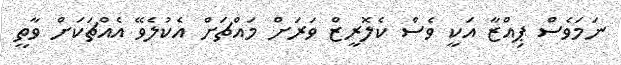
ނަމަވެސް ޕިއްޒާ އަކީ ވެސް ކެލޮރީޒް ވަރަށް މައްޗަށް އެކުލެވޭ އެއްޗަކަށް ވާތީ